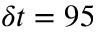
\delta t = 9 5